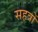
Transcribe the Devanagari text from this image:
सहत्रों